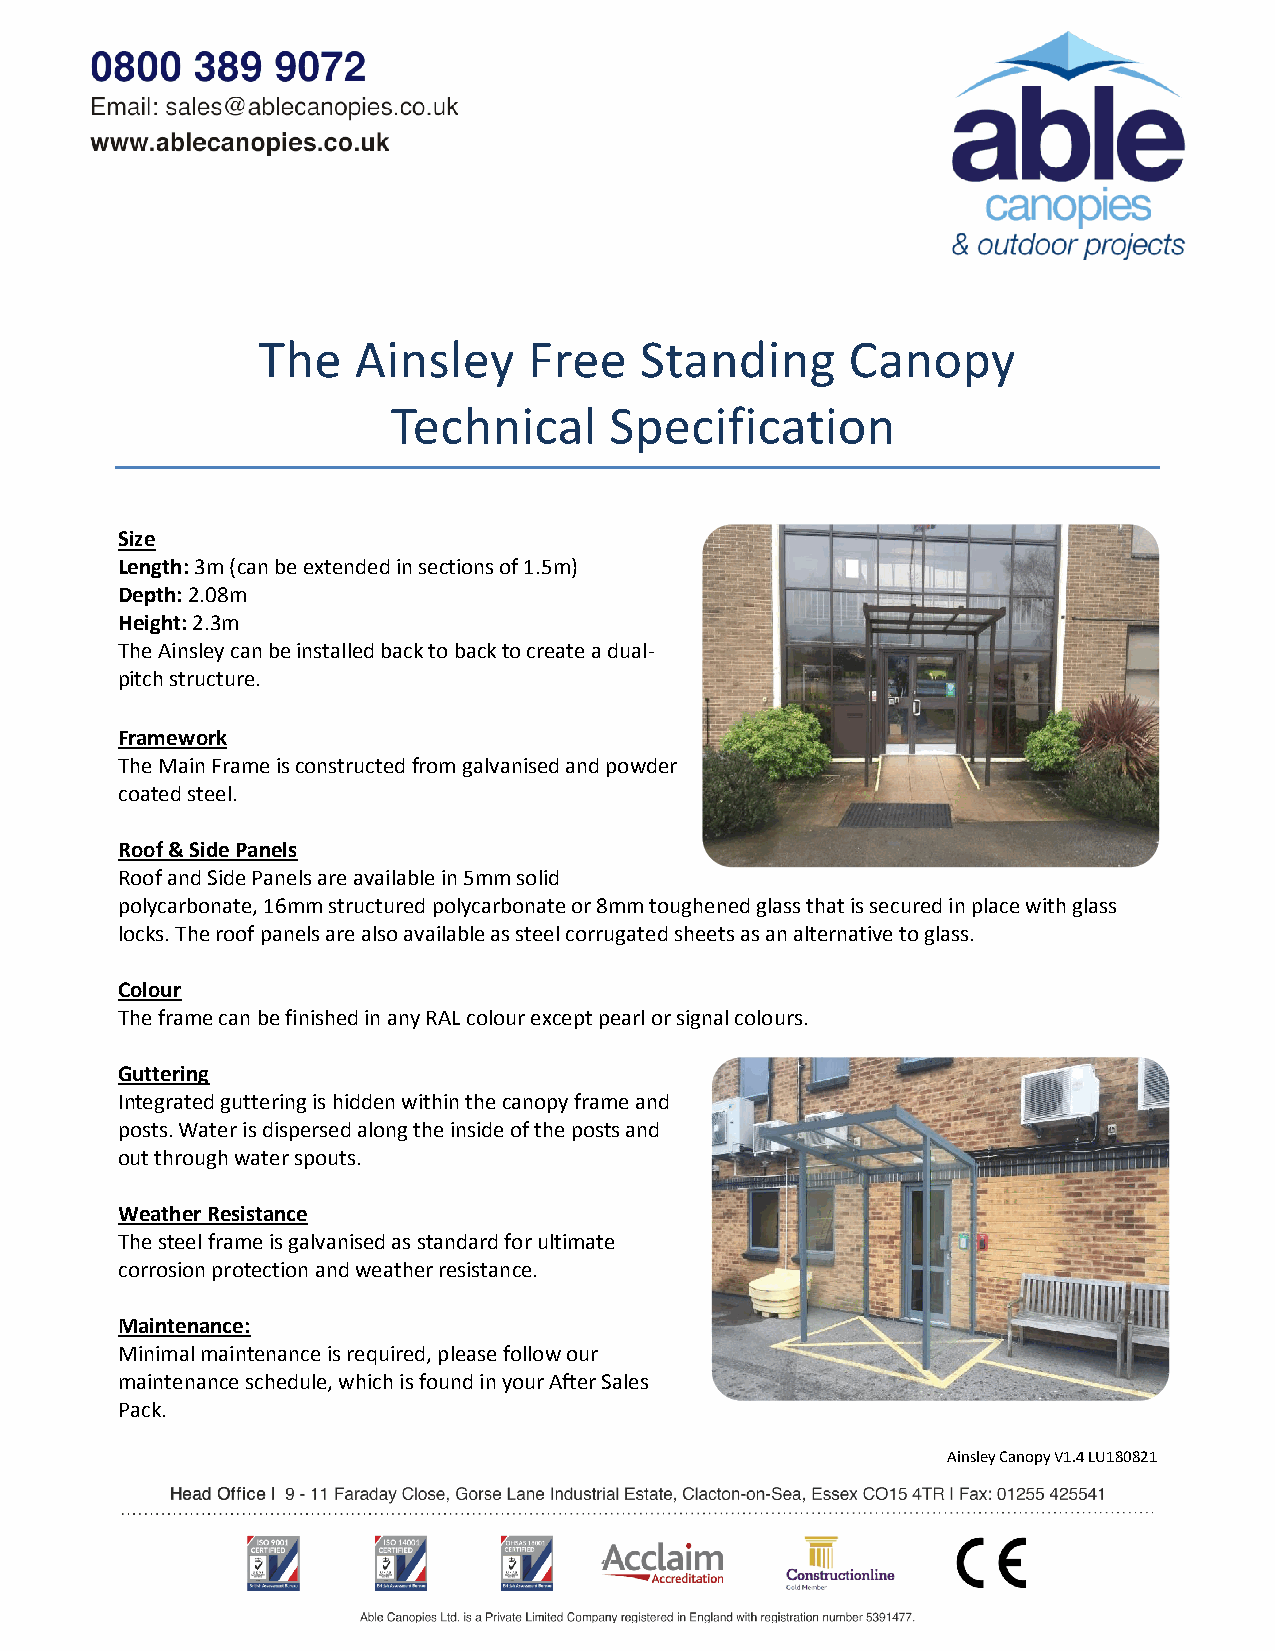
The   Ainsley     Free   Standing      Canopy
 Technical     Specification
 Size
 Length: 3m (can be extended in sections of 1.5m)
 Depth: 2.08m
 Height: 2.3m
 The Ainsley can be installed back to back to create a dual-
 pitch structure.
 Framework
 The Main Frame is constructed from galvanised and powder
 coated steel.
 Roof & Side Panels
 Roof and Side Panels are available in 5mm solid
 polycarbonate, 16mm structured polycarbonate or 8mm toughened glass that is secured in place with glass
 locks. The roof panels are also available as steel corrugated sheets as an alternative to glass.
 Colour
 The frame can be finished in any RAL colour except pearl or signal colours.
 Guttering
 Integrated guttering is hidden within the canopy frame and
 posts. Water is dispersed along the inside of the posts and
 out through water spouts.
 Weather Resistance
 The steel frame is galvanised as standard for ultimate
 corrosion protection and weather resistance.
 Maintenance:
 Minimal maintenance is required, please follow our
 maintenance schedule, which is found in your After Sales
 Pack.
 Ainsley Canopy V1.4 LU180821